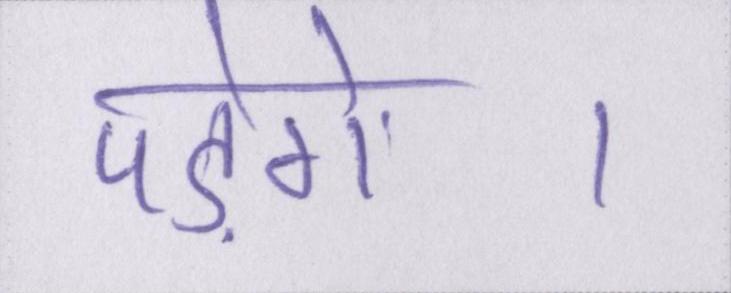
पड़ेंगे।